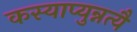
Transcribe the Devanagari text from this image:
कस्याप्युन्नत्यै